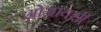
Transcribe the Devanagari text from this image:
ओआयसी